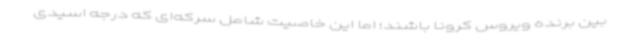
بین برنده ویروس کرونا باشند؛ اما این خاصیت شامل سرکه‌ای که درجه اسیدی